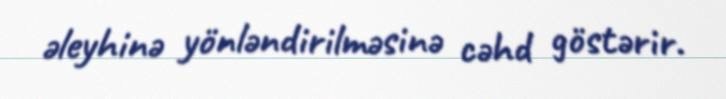
əleyhinə yönləndirilməsinə cəhd göstərir.